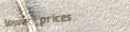
lower prices